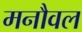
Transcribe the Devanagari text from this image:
मनौवल